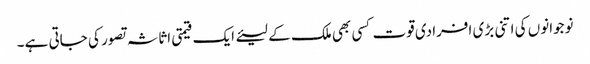
نوجوانوں کی اتنی بڑی افرادی قوت کسی بھی ملک کے لیئے ایک قیمتی اثاثہ تصور کی جاتی ہے۔